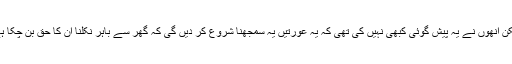
’لیکن انھوں نے یہ پیش گوئی کبھی نہیں کی تھی کہ یہ عورتیں یہ سمجھنا شروع کر دیں گی کہ گھر سے باہر نکلنا ان کا حق بن چکا ہے۔